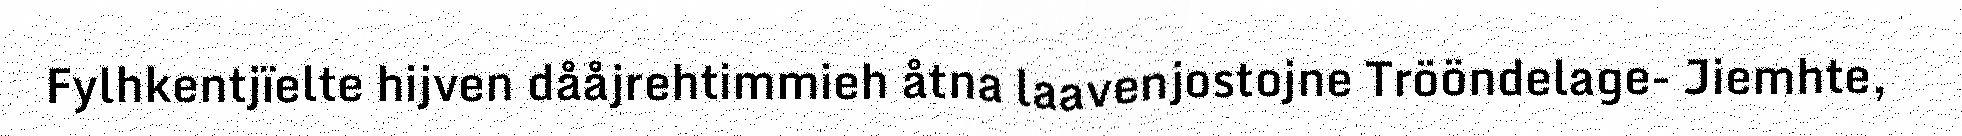
Fylhkentjïelte hijven dååjrehtimmieh åtna laavenjostojne Trööndelage- Jiemhte,